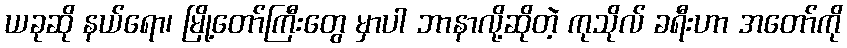
ယခုဆို နယ်ရော၊ မြို့တော်ကြီးတွေ မှာပါ ဘာနာလို့ဆိုတဲ့ ကုသိုလ် ခရီးဟာ အတော်ကို